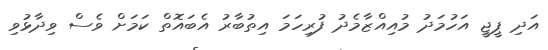
އަދި ޕީޖީ އަހުމަދު މުއިއްޒާމެދު ފުރިހަމަ އިތުބާރު އެބައޮތް ކަމަށް ވެސް ވިދާޅުވި